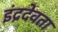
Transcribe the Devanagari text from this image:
इंद्रदेवता